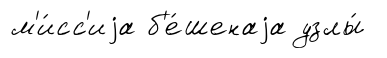
м'и́сс'иjа б'е́шенаjа узлы́